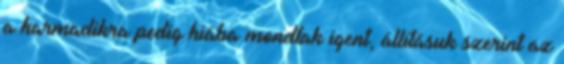
a harmadikra pedig hiába mondtak igent, állításuk szerint az